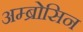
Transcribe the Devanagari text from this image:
अम्ब्रोसिन